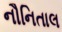
નૌનિતાલ